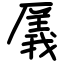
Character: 㕒